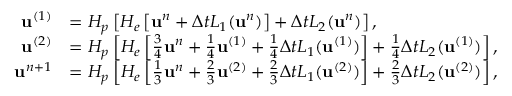
\begin{array} { r l } { \mathbf { u } ^ { ( 1 ) } } & { = H _ { p } \left[ H _ { e } \left[ \mathbf { u } ^ { n } + \Delta t L _ { 1 } ( \mathbf { u } ^ { n } ) \right] + \Delta t L _ { 2 } ( \mathbf { u } ^ { n } ) \right] , } \\ { \mathbf { u } ^ { ( 2 ) } } & { = H _ { p } \left[ H _ { e } \left[ \frac { 3 } { 4 } \mathbf { u } ^ { n } + \frac { 1 } { 4 } \mathbf { u } ^ { ( 1 ) } + \frac { 1 } { 4 } \Delta t L _ { 1 } ( \mathbf { u } ^ { ( 1 ) } ) \right] + \frac { 1 } { 4 } \Delta t L _ { 2 } ( \mathbf { u } ^ { ( 1 ) } ) \right] , } \\ { \mathbf { u } ^ { n + 1 } } & { = H _ { p } \left[ H _ { e } \left[ \frac { 1 } { 3 } \mathbf { u } ^ { n } + \frac { 2 } { 3 } \mathbf { u } ^ { ( 2 ) } + \frac { 2 } { 3 } \Delta t L _ { 1 } ( \mathbf { u } ^ { ( 2 ) } ) \right] + \frac { 2 } { 3 } \Delta t L _ { 2 } ( \mathbf { u } ^ { ( 2 ) } ) \right] , } \end{array}